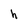
Character: h